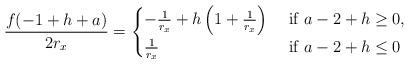
LaTeX: \begin{align*}\frac{f(-1+h+a)}{2 r_x} = \begin{cases} - \frac{1}{r_x} + h \left(1 + \frac{1}{r_x}\right) & \mbox{ if $a - 2 + h \ge 0$}, \\\frac{1}{r_x} & \mbox{ if $a - 2 + h \leq 0$ }\end{cases} \end{align*}